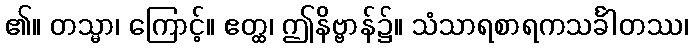
၏။ တသ္မာ၊ ကြောင့်။ ဧတ္ထ၊ ဤနိဗ္ဗာန်၌။ သံသာရစာရကသင်္ခါတဿ၊